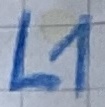
Text: L1